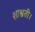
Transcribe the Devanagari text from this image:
शाश्वती।